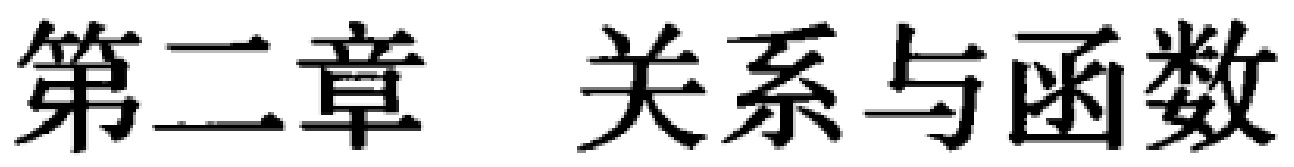
第二章 关系与函数